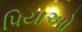
પિયાઓ